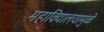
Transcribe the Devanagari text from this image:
महाविद्यालयामुळे